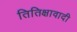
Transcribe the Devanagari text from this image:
तितिक्षावादी